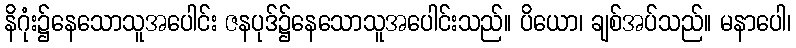
နိဂုံး၌နေသောသူအပေါင်း ဇနပုဒ်၌နေသောသူအပေါင်းသည်။ ပိယော၊ ချစ်အပ်သည်။ မနာပေါ၊